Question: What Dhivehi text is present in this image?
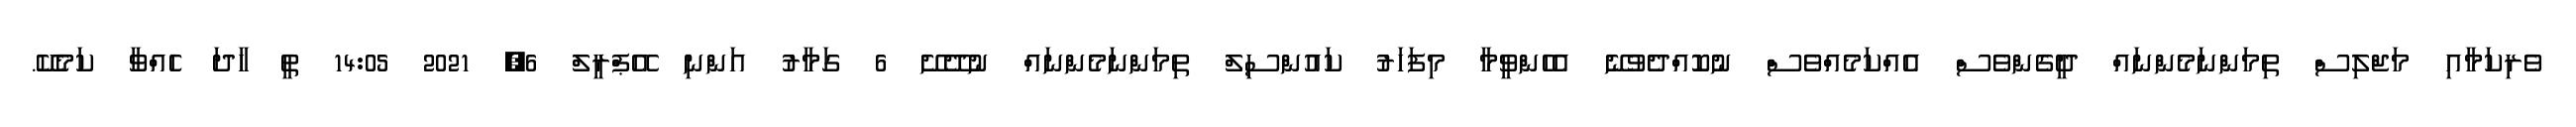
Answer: ވެރިކަމާއި މަޖްލިސް ތިމަންނަމެންނައް ދީގެންވެސް އެއްކަމެއްވެސް ނުކޮއްދެވުނޭ އެހެންވީމާ މިފަހަރު ކައުންސިލް ތިމަންނަމެންނައް ނުދޭށޭ 6 ގަމާރު އަންނި އޭޕްރީލް 6, 2021 14:05 ތީ ހާދަ ހެއްވާ ކަމެކޭ.